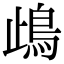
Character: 𩾰